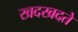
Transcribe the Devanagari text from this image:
खदखदते